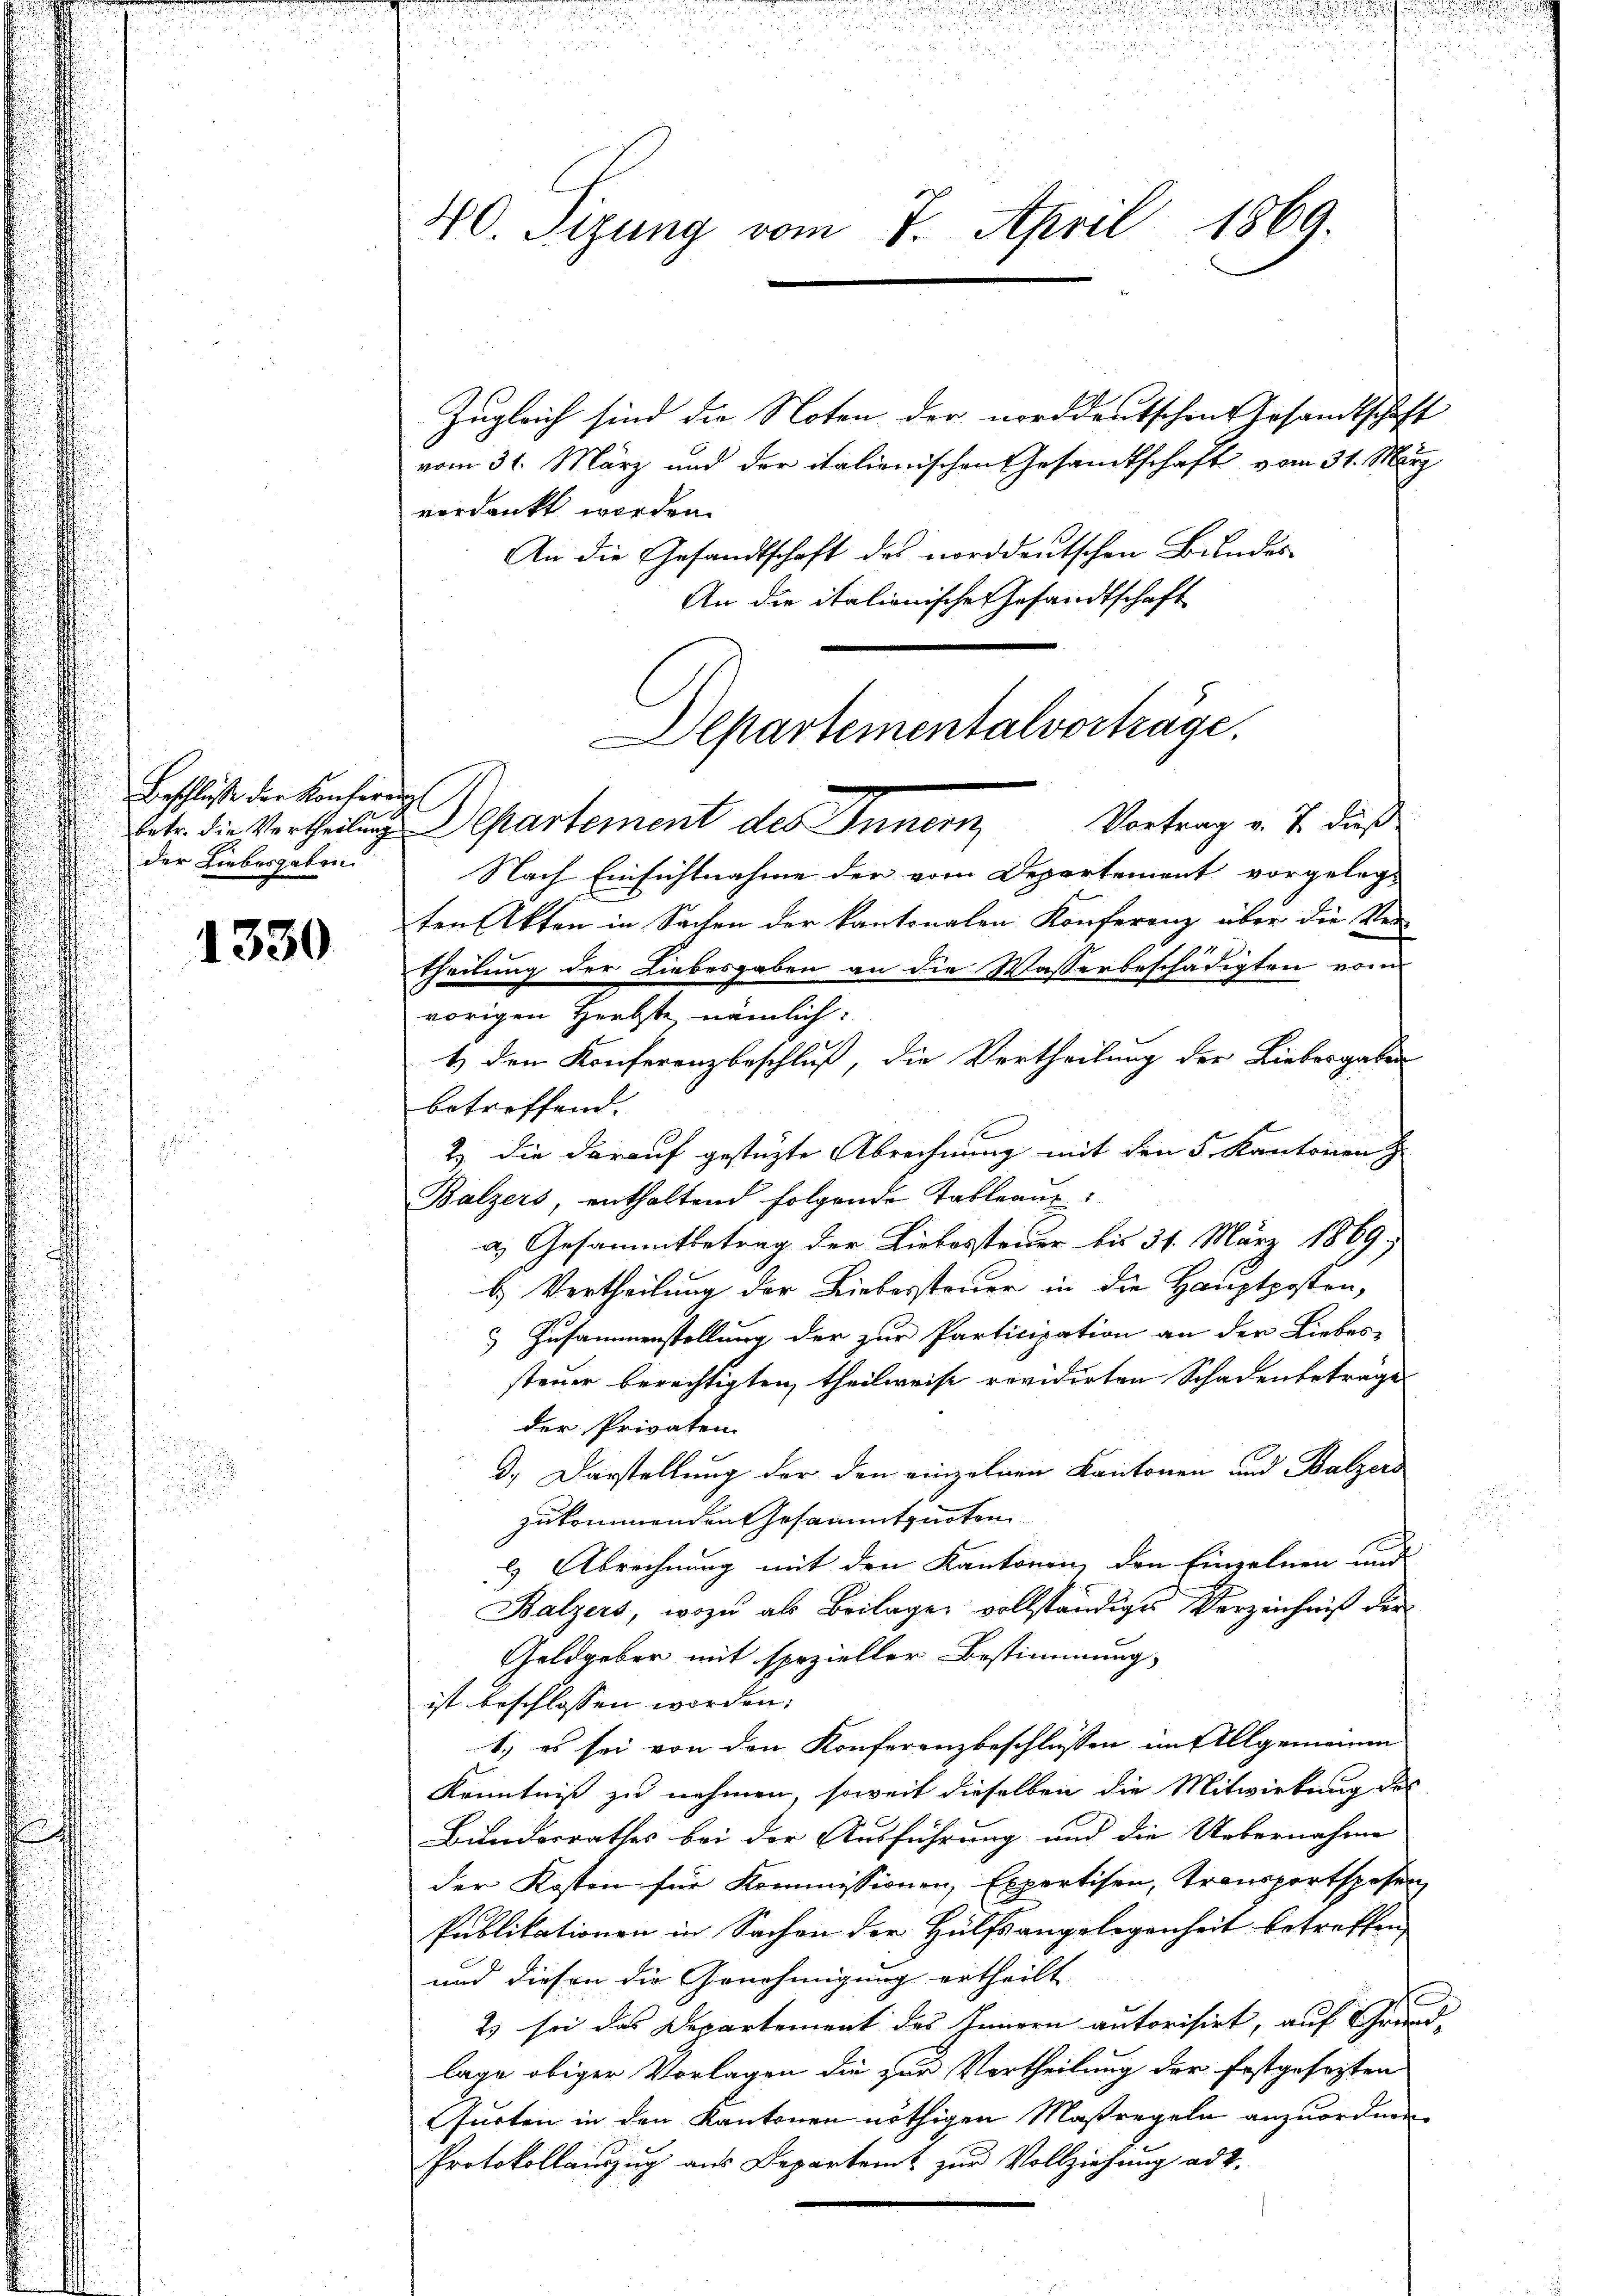
Beschlusse der Konfereng
der Liebesgaben.

1330

40 Sizung vom 7. April 1869.

Zugleich sind die Noten der norddeutschen Gesandtschaft
vom 31. März und der italienischen Gesandtschaft vom 31. März
verdankt worden.
An die Gesandtschaft des norddeutschen Bundes-
An die italienische Gesandtschaft
Vortrag v. J. dieß
betr. die Vertheilung departement des Innern,
Nach Einsichtnahme der vom Departement vorgeleg-
ten Akten in Sachen der kantonalen Konferenz über die Vertheilung der Liebesgaben an die Wasserbeschädigten vom
vorigen Herbste nämlich:
1) den Konferenzbeschluß, die Vertheilung der Liebesgaben
betreffend.
2) die darauf gestüzte Abrechnung mit den 5 Kantonen
Balzers, enthaltend folgende Tableaux:
a. Gesammtbetrag der Liebessteuer bis 31. März 1869;
b. Vertheilung der Liebessteuer in die Hauptposten,
 Zusammenstellung der zur Participation an der Liebes-
steuer berechtigten, theilweise revidirten Schadenbeträge
der Privaten.
3.) Darstellung der den einzelnen Kantonen und Balzers
zukommenden Gesammtquoten
l Abrechnung mit den Kantonen, den Einzelnen und
Balzers, wozu als Beilage vollständiges Verzeichniß der
Geldgeber mit spezieller Bestimmung
ist beschlossen worden;
1.) es sei von den Konferenzbeschlüssen im Allgemeinen
Kenntniß zu nehmen, soweit dieselben die Mitwirkung des
Bunderrathes bei der Ausführung und die Uebernahme
der Kosten für Kommissionen, Expertisen, Transportspesen
Publikationen in Sachen der Hülfsangelegenheit betreffen,
und diesen die Genehmigung ertheilt. |
2) sei das Departement des Innern autorisirt, auf Grun
lage obiger Vorlagen die zur Vortheilung der festgesetzten
Gfurten in den Kantonen nöthigen Maßregeln anzuordnen
Protokollauszug aus Departemt zur Vollziehung ad 2.

Departementalvorträge.

u